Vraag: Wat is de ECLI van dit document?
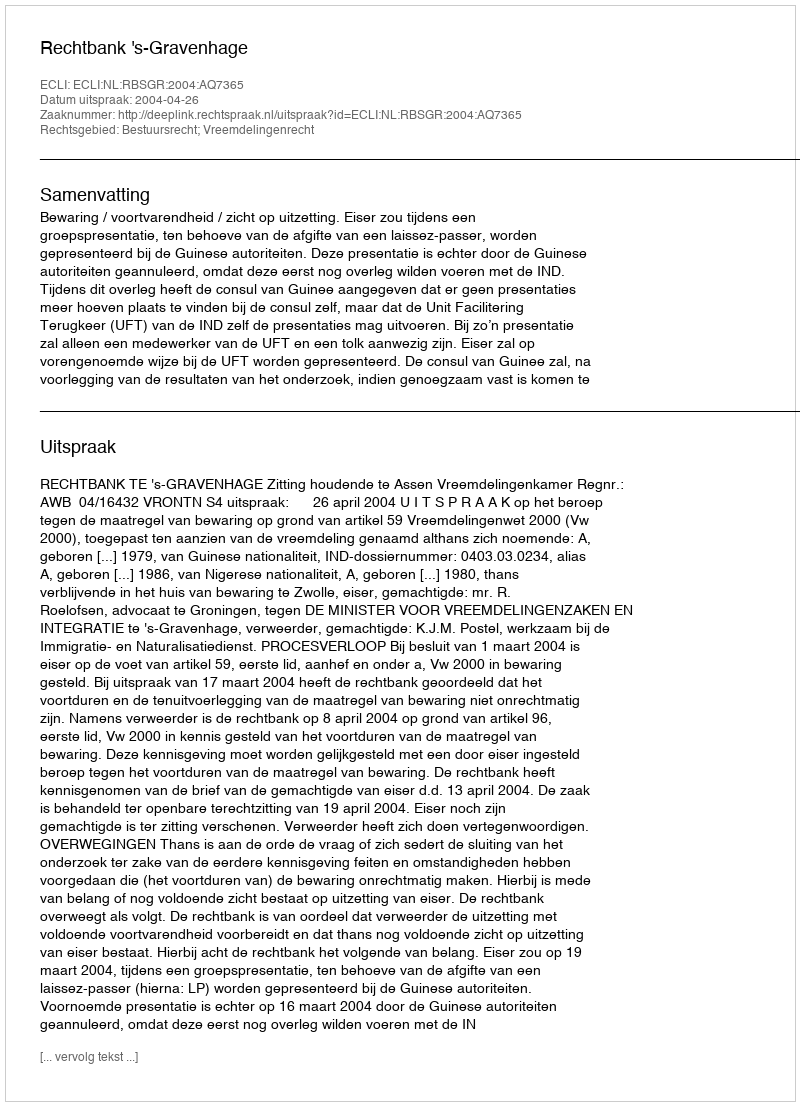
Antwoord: ECLI:NL:RBSGR:2004:AQ7365